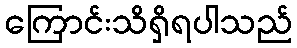
ကြောင်းသိရှိရပါသည်